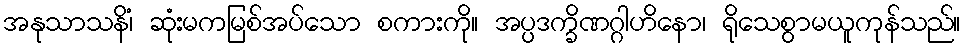
အနုသာသနိံ၊ ဆုံးမကမြစ်အပ်သော စကားကို။ အပ္ပဒက္ခိဏဂ္ဂါဟိနော၊ ရိုသေစွာမယူကုန်သည်။